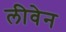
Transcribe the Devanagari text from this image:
लीवेन